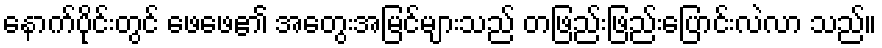
နောက်ပိုင်းတွင် ဖေဖေ၏ အတွေးအမြင်များသည် တဖြည်းဖြည်းပြောင်းလဲလာ သည်။